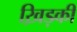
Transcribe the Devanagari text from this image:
ख़िड़की